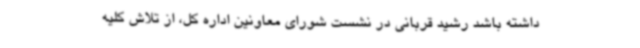
داشته باشد رشید قربانی در نشست شورای معاونین اداره کل، از تلاش کلیه